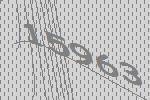
15963